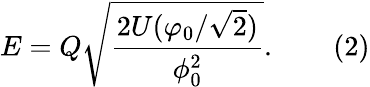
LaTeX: E=Q{\sqrt{\frac{2U(\varphi_{0}/{\sqrt{2}})}{\phi_{0}^{2}}}}.\, \, \, \, \, \, \, \, \, \, \, \, (2)